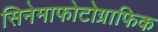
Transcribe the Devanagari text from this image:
सिनेमाफोटोग्राफिक